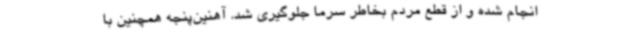
انجام شده و از قطع مردم بخاطر سرما جلوگیری شد. آهنین‌پنجه همچنین با